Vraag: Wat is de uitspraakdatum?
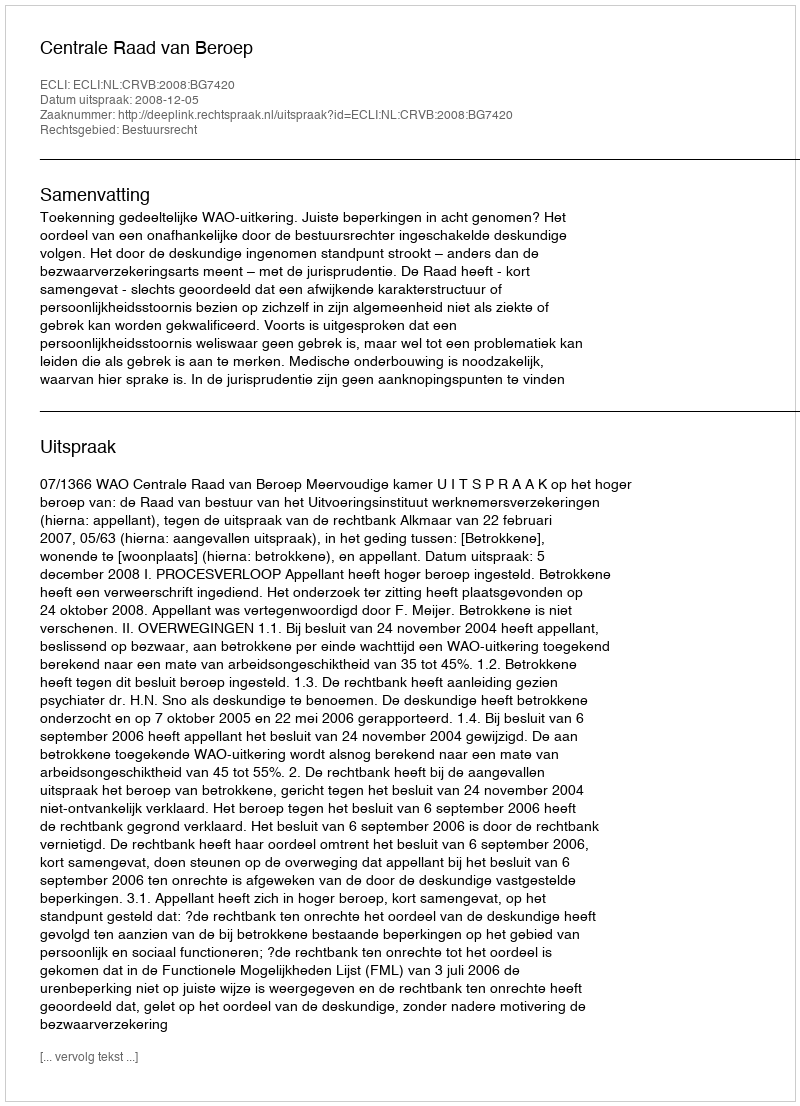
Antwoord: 2008-12-05